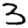
Digit: 3